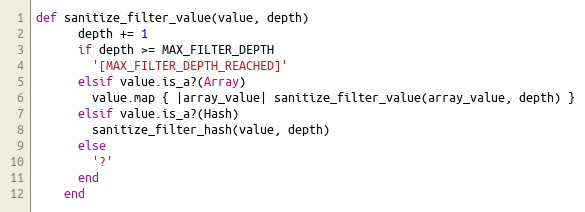
Language: Ruby
def sanitize_filter_value(value, depth)
      depth += 1
      if depth >= MAX_FILTER_DEPTH
        '[MAX_FILTER_DEPTH_REACHED]'
      elsif value.is_a?(Array)
        value.map { |array_value| sanitize_filter_value(array_value, depth) }
      elsif value.is_a?(Hash)
        sanitize_filter_hash(value, depth)
      else
        '?'
      end
    end